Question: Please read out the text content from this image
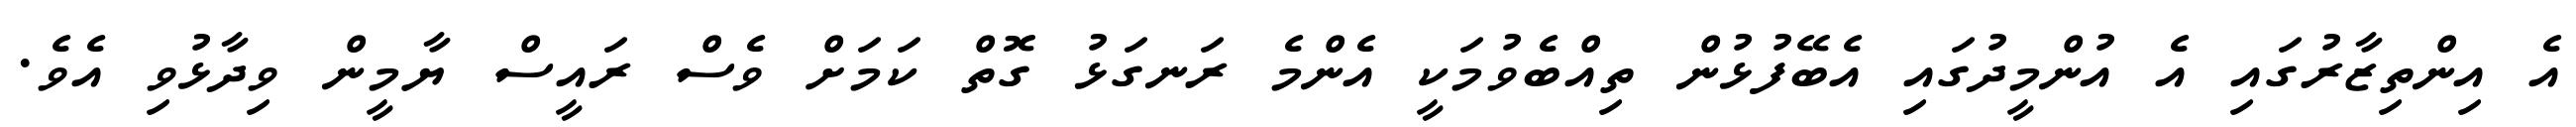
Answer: އެ އިންތިޒާރުގައި އެ އުންމީދުގައި އެބޭފުޅުން ތިއްބެވުމަކީ އެންމެ ރަނގަޅު ގޮތް ކަމަށް ވެސް ރައީސް ޔާމީން ވިދާޅުވި އެވެ.